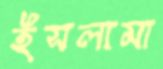
ইসলামা